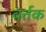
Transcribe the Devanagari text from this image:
वर्त्तक